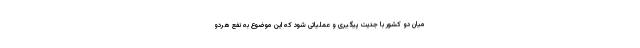
میان دو کشور با جدیت پیگیری و عملیاتی شود که این موضوع به نفع هردو